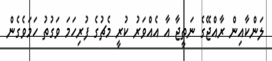
ލަންކާއިން ރާއްޖޭގެ ނަތީޖާ އާ އެއްވަރު ކުރީ މެޗުގެ ފުރިހަމަ ވަގުތު ހަމަވެގެން